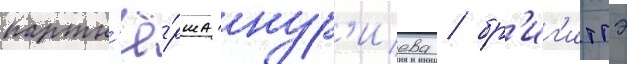
партн'ё́рша нур'иева / бр'иг'иттэ